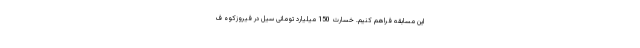
این مسابقه فراهم کنیم. خسارت 150 میلیارد تومانی سیل در فیروزکوه ف